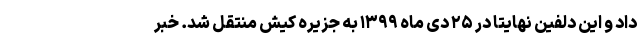
داد و این دلفین نهایتا در ۲۵ دی ماه ۱۳۹۹ به جزیره کیش منتقل شد. خبر